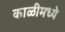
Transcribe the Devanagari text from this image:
काळीमध्ये